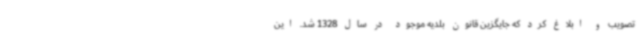
تصویب و ابلاغ کرد که جایگزین قانون بلدیه موجود در سال 1328 شد. این